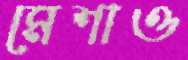
মেশাও